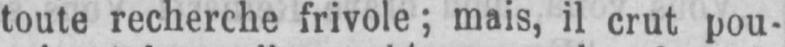
toute recherche frivole; mais, il crut pou-